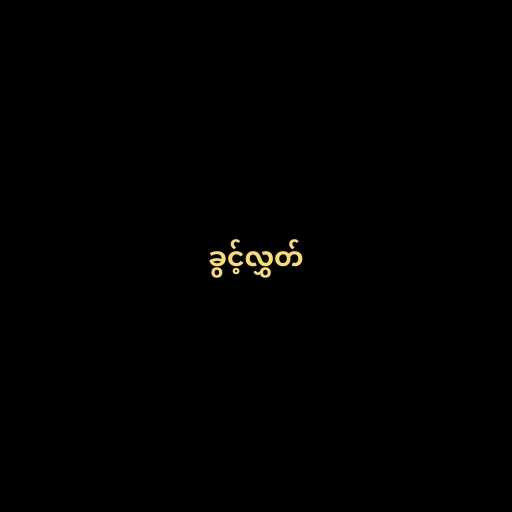
ခွင့်လွှတ်